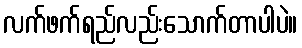
လက်ဖက်ရည်လည်းသောက်တာပါပဲ။